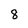
Character: 8